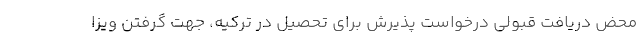
محض دریافت قبولی درخواست پذیرش برای تحصیل در ترکیه، جهت گرفتن ویزا